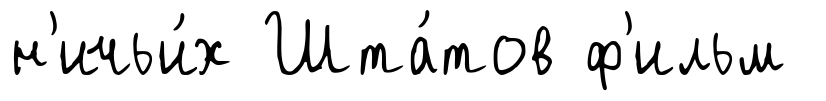
н'ичьи́х Шта́тов ф'ильм